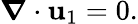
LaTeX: \boldsymbol{\nabla}\cdot\mathbf{u}_{1}=0.